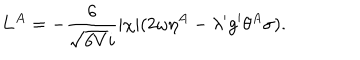
{ \bf L } ^ { A } = - \frac { 6 } { \sqrt { 6 V } i } | \chi | ( 2 \omega \eta ^ { A } - \lambda ^ { \prime } g ^ { \prime } \theta ^ { A } \sigma ) .